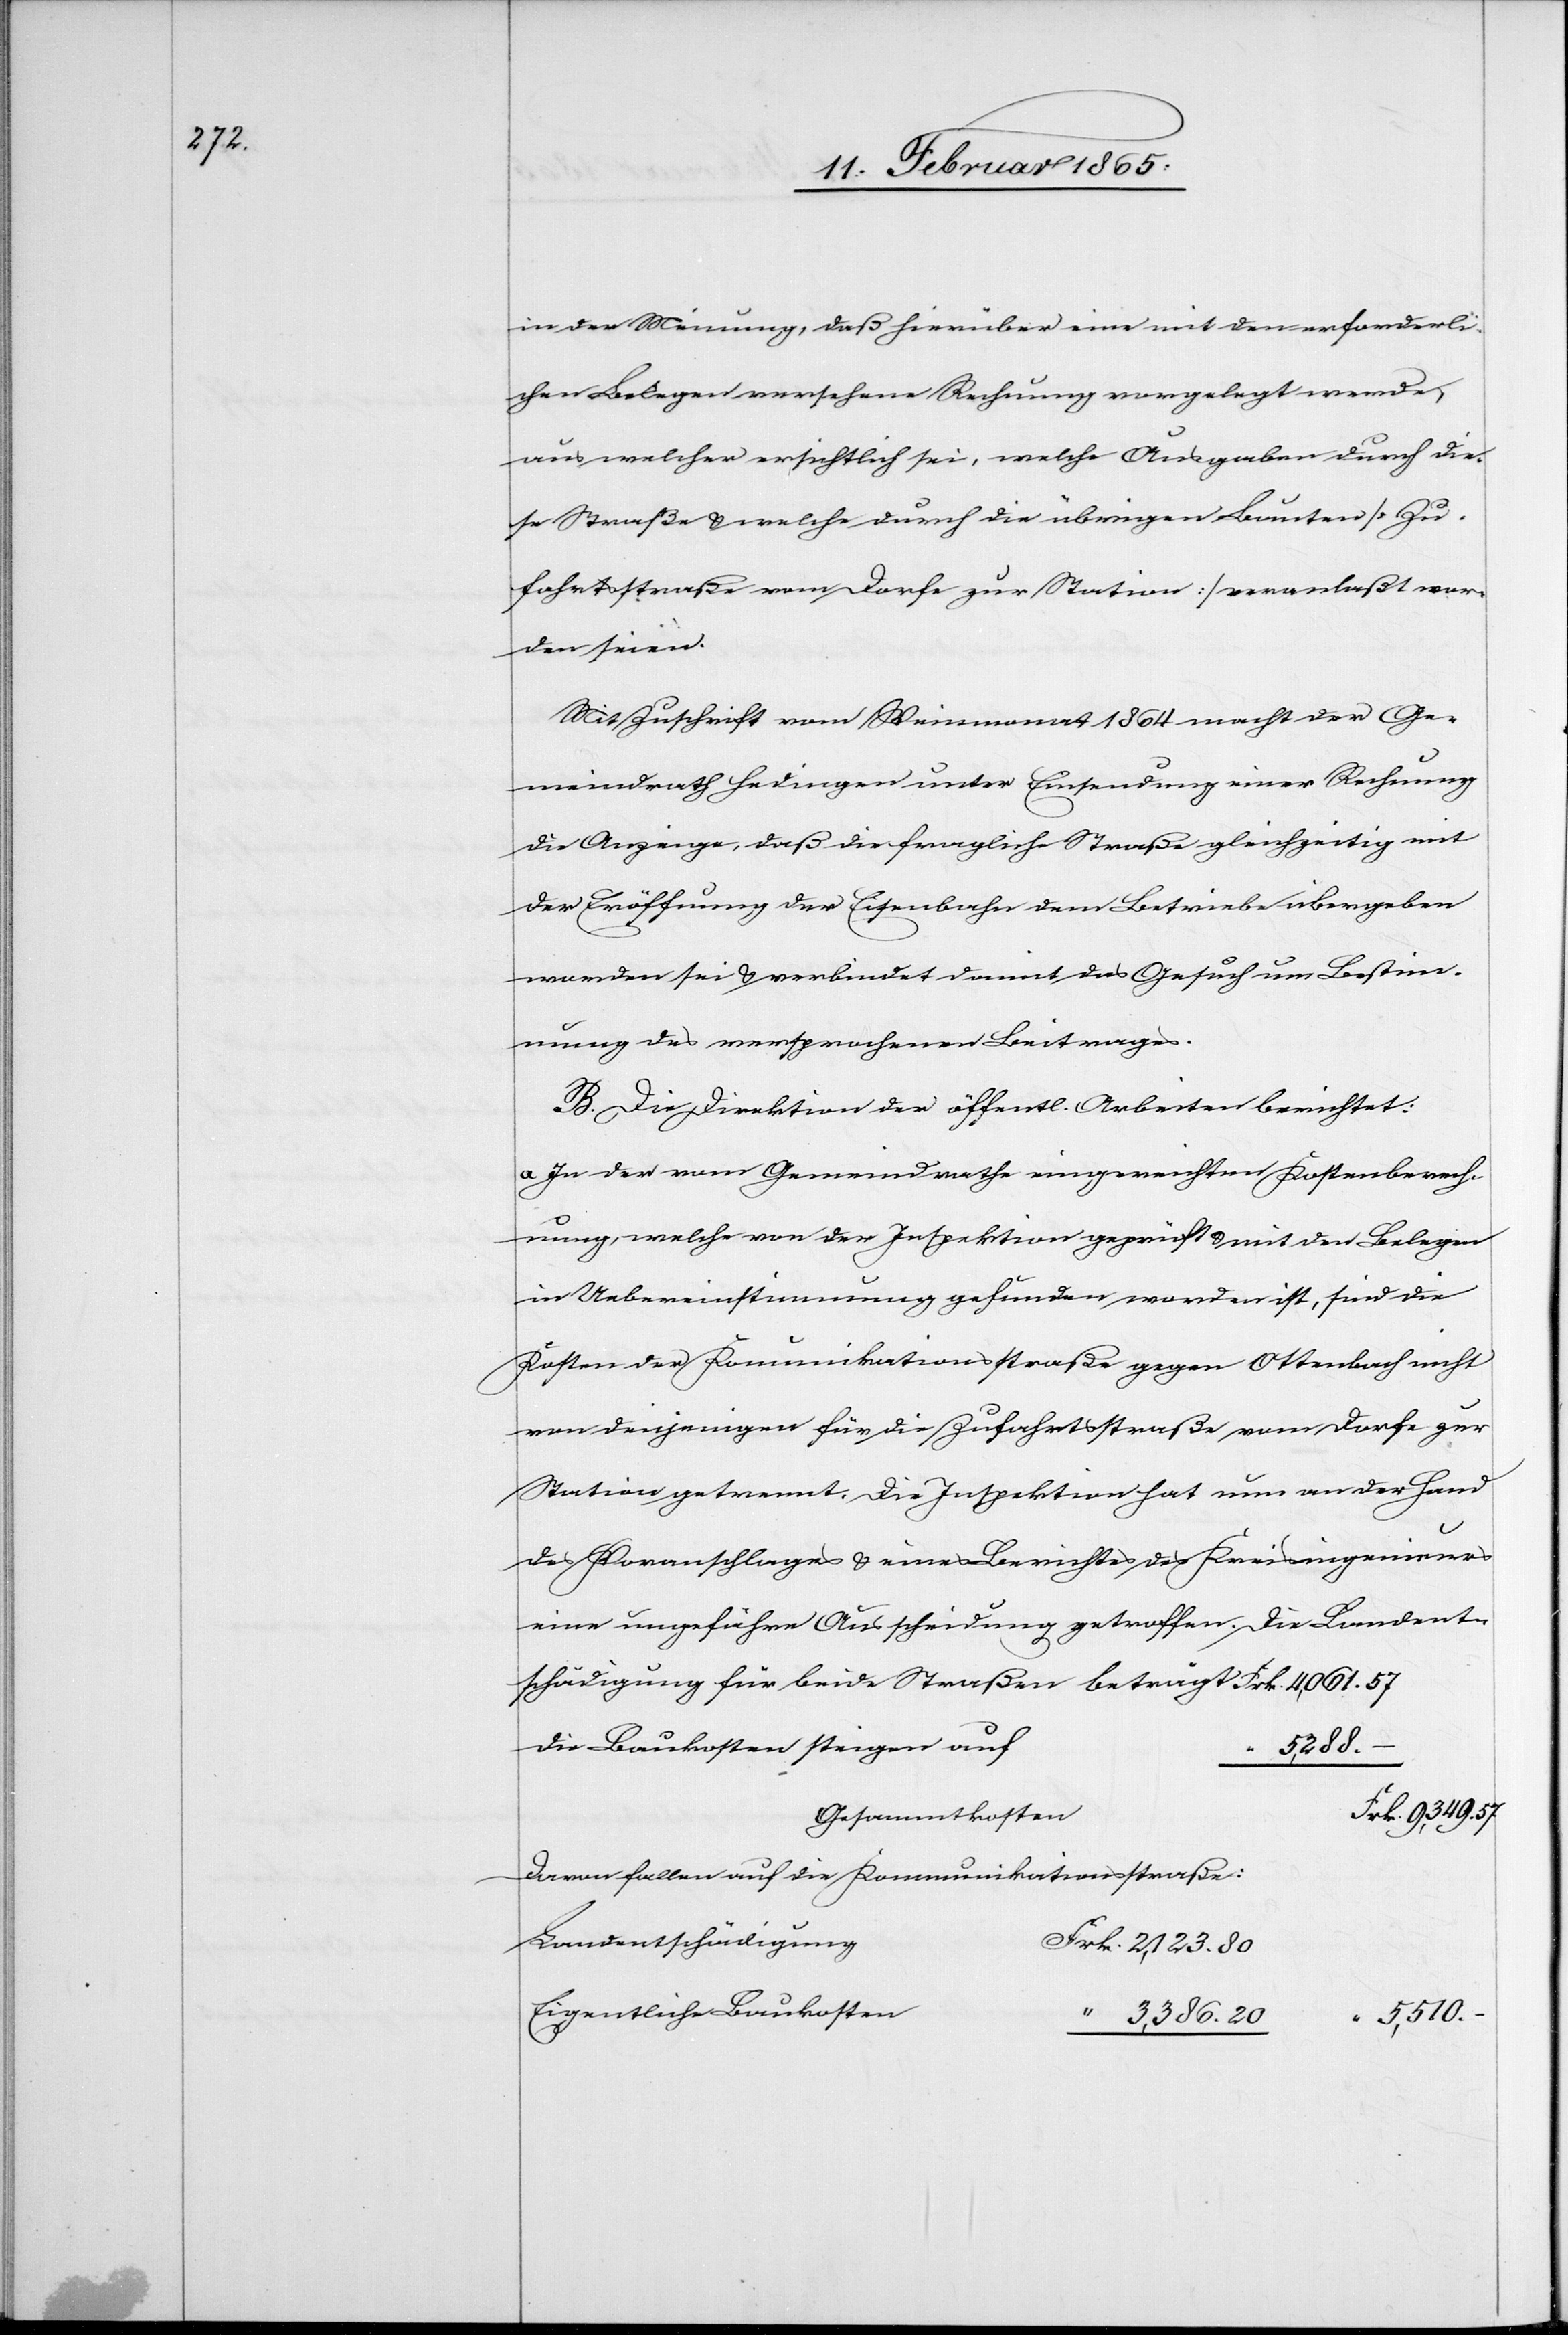
in der Meinung, daß hierüber eine mit den erforderli¬
chen Belegen versehene Rechnung vorgelegt werde,
aus welcher ersichtlich sei, welche Ausgaben durch die¬
se Straße u. welche durch die übrigen Bauten [Zu¬
fahrtsstraße vom Dorfe zur Station] veranlaßt wor¬
den seien.
Mit Zuschrift vom Weinmonat 1864 macht der Ge¬
meindrath Hedingen unter Einsendung einer Rechnung
die Anzeige, daß die fragliche Straße gleichzeitig mit
der Eröffnung der Eisenbahn dem Betriebe übergeben
worden sei u. verbindet damit das Gesuch um Bestim¬
mung des versprochenen Beitrages.
B. Die Direktion der öffentl. Arbeiten berichtet:
a. In der vom Gemeindrathe eingereichten Kostenberech¬
nung, welche von der Inspektion geprüft u. mit den Belegen
in Uebereinstimmung gefunden worden ist, sind die
Kosten der Komunikationsstraße gegen Ottenbach nicht
von denjenigen für die Zufahrtsstraße vom Dorfe zur
Station getrennt. Die Inspektion hat nun an der Hand
des Voranschlages u. eines Berichtes des Kreisingenieurs
eine ungefähre Ausscheidung getroffen. Die Landent¬
schädigung für beide Straßen beträgt			Frk. 4,061. 57
die Baukosten steigen au¬
3,386.
–
Davon fallen auf die Kommunikationsstraße:
Landentschädigun¬
g	Frk. 2,123. 80
Eigentliche Baukosten	“
“ 5,510.